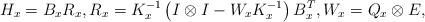
LaTeX: \begin{align*} H_x = B_x R_x, R_x = K_x^{-1} \left( I \otimes I - W_x K_x^{-1} \right) B_x^T, W_x = Q_x \otimes E, \end{align*}